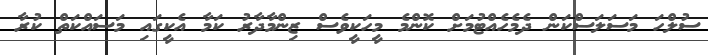
ސުލްހަ މަސަލަސްކަން ދެމެހެއްޓުމަށް ކޮންމެ މީހަކީވެސް ޒިންމާދާރު ކަމާ އެކީގައި މަސައްކަތް ކުރާ